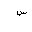
Letter: _sin